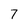
Character: 7